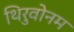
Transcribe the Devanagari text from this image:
थिरुवोनम